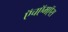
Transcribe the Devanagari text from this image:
ऍचऍमऍस